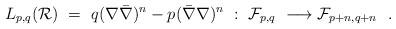
LaTeX: \begin{align*}L_{p,q} ({\cal R}) \ = \ q (\nabla \bar{\nabla})^n-p (\bar{\nabla} \nabla )^n \ : \ {\cal F}_{p,q} \ \longrightarrow{\cal F}_{p+n,q+n} \ \ .\end{align*}